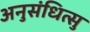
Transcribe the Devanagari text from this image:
अनुसंधित्सु